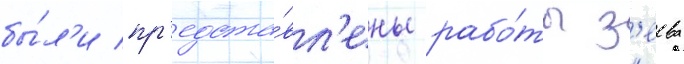
бы́л'и пр'едста́вл'ены рабо́ты з'еева